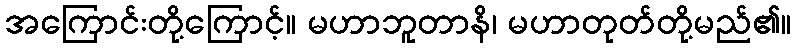
အကြောင်းတို့ကြောင့်။ မဟာဘူတာနိ၊ မဟာတုတ်တို့မည်၏။